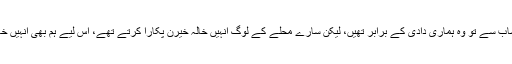
عمر کے حساب سے تو وہ ہماری دادی کے برابر تھیں، لیکن سارے محلے کے لوگ انہیں خالہ خیرن پکارا کرتے تھے، اس لیے ہم بھی انہیں خالہ ہی کہتے۔